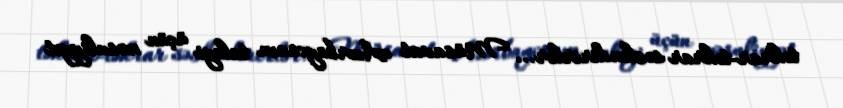
təkrar-təkrar səsləndirirlər... Müsavat Azərbaycanın taleyi üçün məsuliyyət